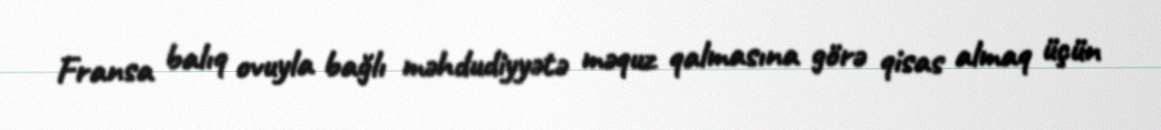
Fransa balıq ovuyla bağlı məhdudiyyətə məquz qalmasına görə qisas almaq üçün